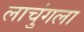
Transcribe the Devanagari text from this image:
लाचुंगला